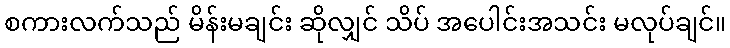
စကားလက်သည် မိန်းမချင်း ဆိုလျှင် သိပ် အပေါင်းအသင်း မလုပ်ချင်။